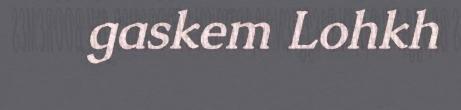
gaskem Lohkh